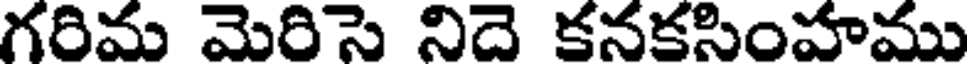
గరిమ మెరిసె నిదె కనకసింహాము